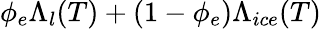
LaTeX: \phi_{e}\Lambda_{l}(T)+(1-\phi_{e})\Lambda_{ice}(T)